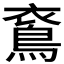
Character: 𪀰